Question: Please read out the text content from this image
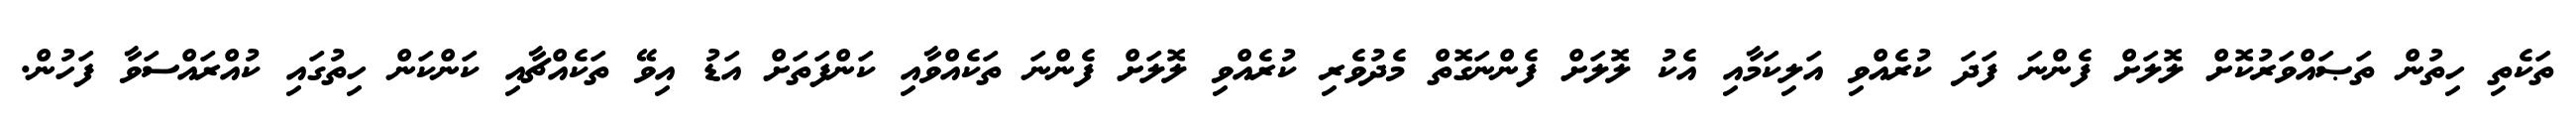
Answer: ތަކެތި ހިތުން ތަޞައްވަރުކޮށް ލޮލަށް ފެންނަ ފަދަ ކުރެއްވި އަލިކަމާއި އެކު ލޮލަށް ފެންނަގޮތް މެދުވެރި ކުރެއްވި ލޮލަށް ފެންނަ ތަކެއްވާއި ކަންފަތަށް އަޑު އިވޭ ތަކެއްޗާއި ކަންކަން ހިތުގައި ކުއްރައްސަވާ ފަހުން.